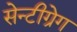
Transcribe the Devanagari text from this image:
सेन्टीग्रेग